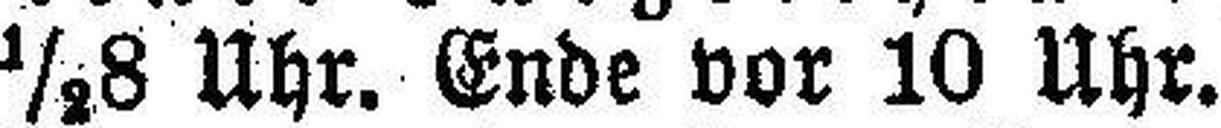
½8 Uhr. Ende vor 10 Uhr.